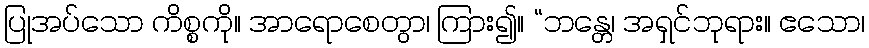
ပြုအပ်သော ကိစ္စကို။ အာရောစေတွာ၊ ကြား၍။ “ဘန္တေ၊ အရှင်ဘုရား။ ဧသော၊